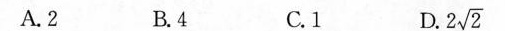
A.2 B.4 C.1 D.2\sqrt{2}